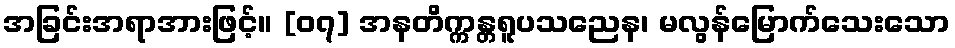
အခြင်းအရာအားဖြင့်။ [၀၇] အနတိက္ကန္တရူပသညေန၊ မလွန်မြောက်သေးသော